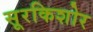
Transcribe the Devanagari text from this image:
सूरकिशोर